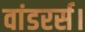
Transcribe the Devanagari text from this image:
वांडरर्स।